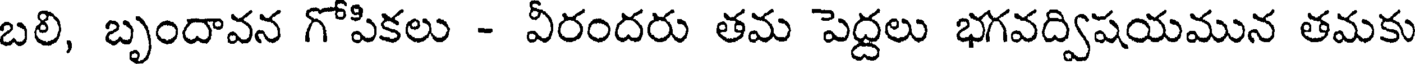
బలి, బృందావన గోపికలు - వీరందరు తమ పెద్దలు భగవద్విషయమున తమకు